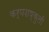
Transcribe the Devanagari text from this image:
कर्णशष्कुली